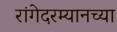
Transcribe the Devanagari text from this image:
रांगेदरम्यानच्या